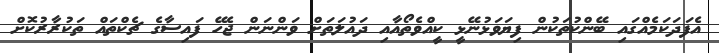
އެފަދަކަމެއްގައި ބޭންކުތަކުން ފިޔަވަޅުނޭޅީ ކީއްވެތޯއާއި ދައުލަތަށް ވަންނަން ޖެހޭ ފައިސާގެ ޗެކްތައް ތަކުރާރުކޮށް